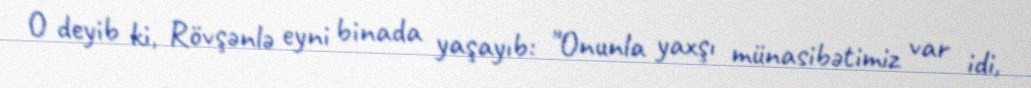
O deyib ki, Rövşənlə eyni binada yaşayıb: "Onunla yaxşı münasibətimiz var idi,